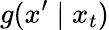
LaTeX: g(x^{\prime}\mid x_{t})